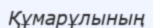
Құмарұлының